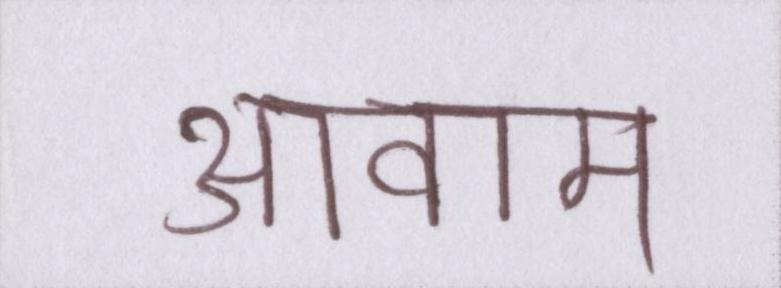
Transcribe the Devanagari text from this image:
आवाम